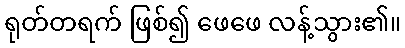
ရုတ်တရက် ဖြစ်၍ ဖေဖေ လန့်သွား၏။